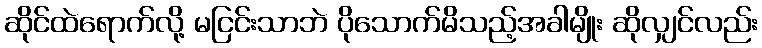
ဆိုင်ထဲရောက်လို့ မငြင်းသာဘဲ ပိုသောက်မိသည့်အခါမျိုး ဆိုလျှင်လည်း